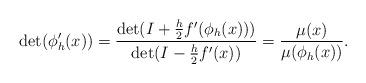
LaTeX: \begin{align*}\det(\phi_h^\prime(x)) = \frac{\det(I+\frac{h}{2}f^\prime(\phi_h(x)))}{\det(I-\frac{h}{2}f^\prime(x))} = \frac{\mu(x)}{\mu(\phi_h(x))}.\end{align*}